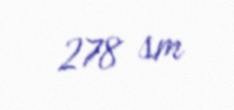
278 sm